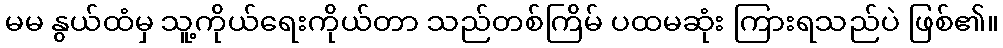
မမ နွယ်ထံမှ သူ့ကိုယ်ရေးကိုယ်တာ သည်တစ်ကြိမ် ပထမဆုံး ကြားရသည်ပဲ ဖြစ်၏။